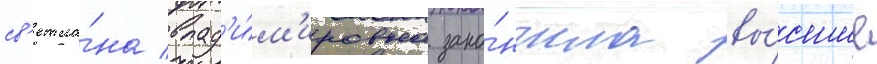
св'етла́на влад'и́м'ировна зако́нчила вы́сшие